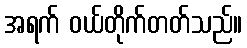
အရက် ဝယ်တိုက်တတ်သည်။